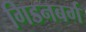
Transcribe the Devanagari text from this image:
गिडनबर्ग